Indian journal of veterinary science and animal husbandry - Volume 6,
Year: 1936
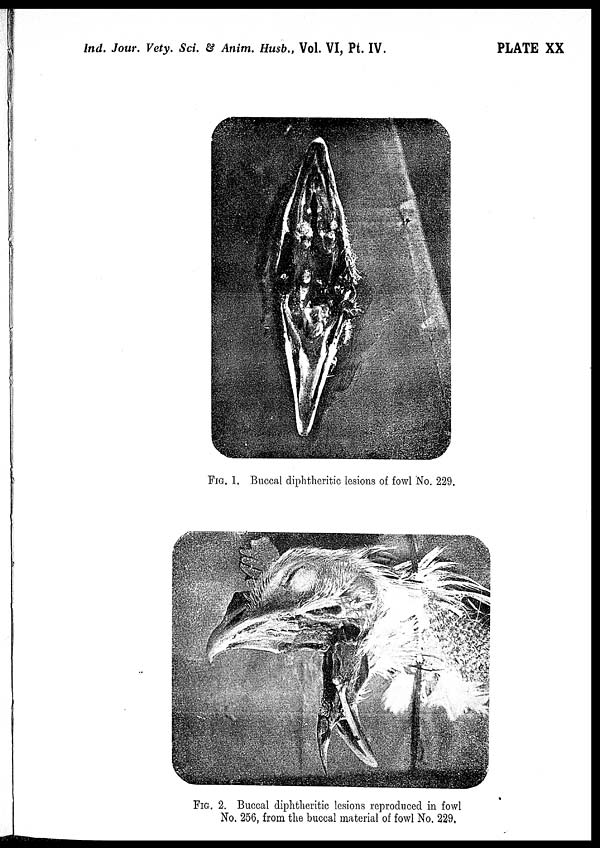
Ind. Jour. Vety. Sci. & Anim. Husb., Vol. VI, Pt. IV.
PLATE XX
FIG. 1. Buccal diphtheritic lesions of fowl No. 229.
FIG. 2. Buccal diphtheritic lesions reproduced in fowl
No. 256, from the buccal material of fowl No. 229.